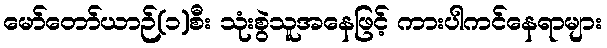
မော်တော်ယာဉ်(၁)စီး သုံးစွဲသူအနေဖြင့် ကားပါကင်နေရာများ